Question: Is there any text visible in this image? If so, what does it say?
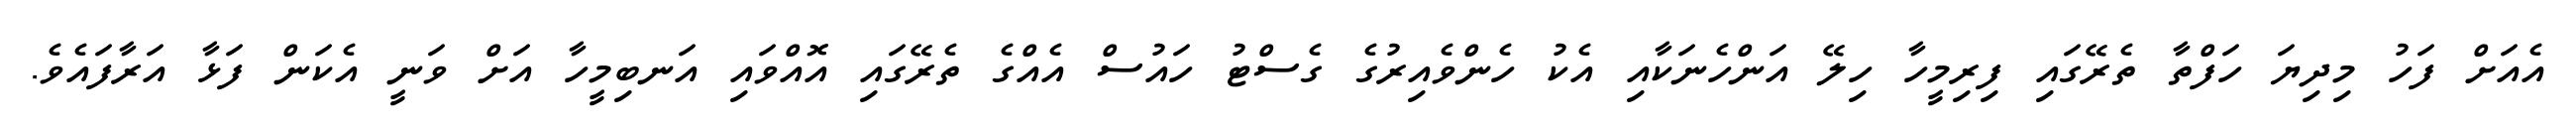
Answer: އެއަށް ފަހު މިދިޔަ ހަފްތާ ތެރޭގައި ފިރިމީހާ ހިލޭ އަންހެނަކާއި އެކު ހެންވެއިރުގެ ގެސްޓު ހައުސް އެއްގެ ތެރޭގައި އޮއްވައި އަނބިމީހާ އަށް ވަނީ އެކަން ފަޅާ އަރާފައެވެ.